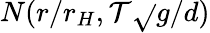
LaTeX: N(r/r_{H},\mathcal{T}\sqrt{}{{g/d}})